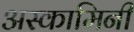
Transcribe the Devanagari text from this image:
अस्कामिनी